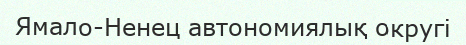
Ямало-Ненец автономиялық округі